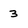
Character: 3